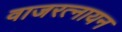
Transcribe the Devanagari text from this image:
वाजरत्नायन